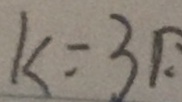
k = 3 1